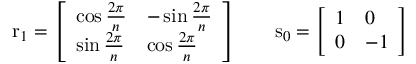
\mathrm { r } _ { 1 } = { \left[ \begin{array} { l l } { \cos { \frac { 2 \pi } { n } } } & { - \sin { \frac { 2 \pi } { n } } } \\ { \sin { \frac { 2 \pi } { n } } } & { \cos { \frac { 2 \pi } { n } } } \end{array} \right] } \qquad \mathrm { s } _ { 0 } = { \left[ \begin{array} { l l } { 1 } & { 0 } \\ { 0 } & { - 1 } \end{array} \right] }